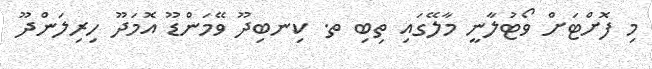
މި ފޮށްޓަށް ވޯޓުލާނީ މާލޭގައި ތިބި ތ. ކިނބިދޫ ވޭމަންޑޫ އޮމަދޫ ހިރިލަންދޫ